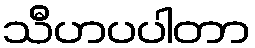
သီဟပပါတာ